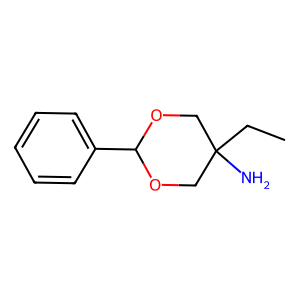
SMILES: CCC1(N)COC(c2ccccc2)OC1
Inhibits HIV replication: No